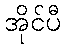
အိုင်ပီ